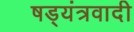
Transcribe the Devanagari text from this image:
षड्यंत्रवादी